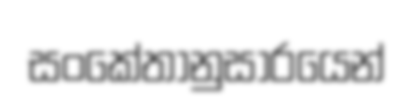
සංකේතානුසාරයෙන්